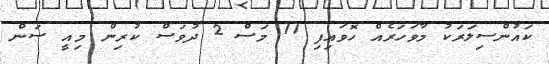
ކައުންސިލަރަކު މާވަހަރެއް ހޮވައިފި 11 މަސް 2 ދުވަސް ކުރިން މިއީ ސަން